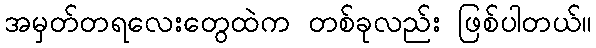
အမှတ်တရလေးတွေထဲက တစ်ခုလည်း ဖြစ်ပါတယ်။